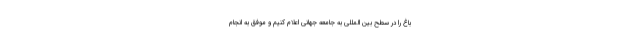
باغ را در سطح بین المللی به جامعه جهانی اعلام کنیم و موفق به انجام